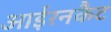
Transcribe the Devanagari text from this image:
आईरनकैट